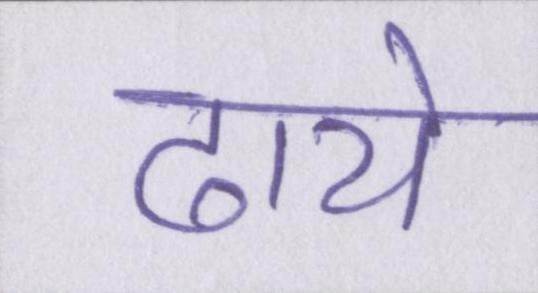
ढाये